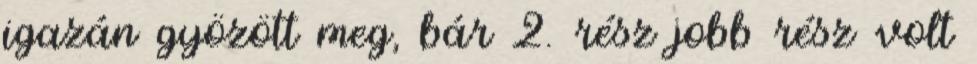
igazán gyözött meg, bár 2. rész jobb rész volt